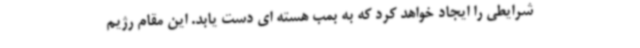
شرایطی را ایجاد خواهد کرد که به بمب هسته ای دست یابد. این مقام رژیم